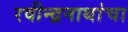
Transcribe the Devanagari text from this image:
रवीन्द्रनाथांचा